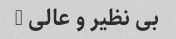
بی نظیر و عالی …